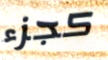
كجزء